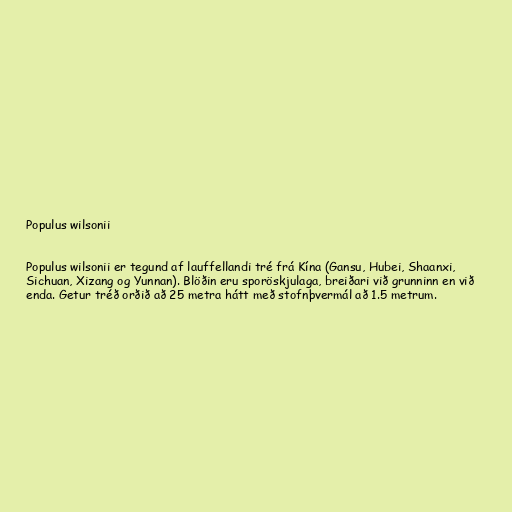
Populus wilsonii

Populus wilsonii er tegund af lauffellandi tré frá Kína (Gansu, Hubei, Shaanxi,
Sichuan, Xizang og Yunnan). Blöðin eru sporöskjulaga, breiðari við grunninn en við
enda. Getur tréð orðið að 25 metra hátt með stofnþvermál að 1.5 metrum.